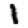
Digit: 1